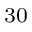
^ { 3 0 }